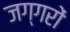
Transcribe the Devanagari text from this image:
जग्गरों